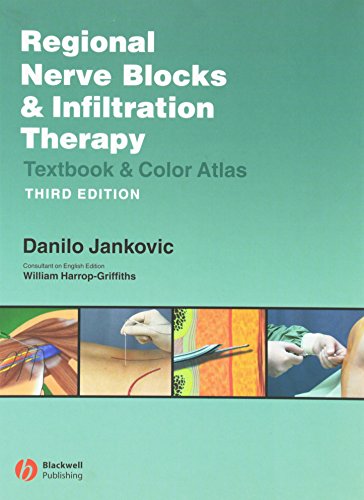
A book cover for Regional Nerve Blocks And Infiltration Therapy: Textbook and Color Atlas; Medical Books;